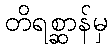
တိရစ္ဆာန်မှ